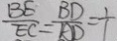
\frac { B E } { E C } = \frac { B D } { A D } = \frac { 1 } { 1 }